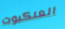
العنكبوت